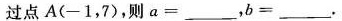
过点A(-1，7)，则$$a = ___$$，$$b = ___$$.